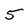
Character: 5